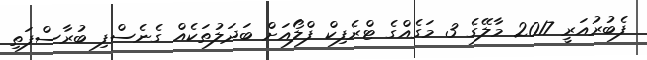
ފެބުރުއަރީ 2017 މާލޭގެ 3 މަގެއްގެ ޓްރެފިކް ފްލޯއަށް ބަދަލުތަކެއް ގެނެސްފި ބުރާސްފަތި